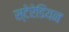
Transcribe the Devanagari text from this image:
स्‍टेरेडियन